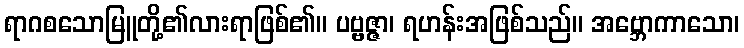
ရာဂစသောမြူတို့၏လားရာဖြစ်၏။ ပဗ္ဗဇ္ဇာ၊ ရဟန်းအဖြစ်သည်။ အဗ္ဘောကာသော၊